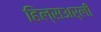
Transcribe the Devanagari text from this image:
हिल्सअर्ली